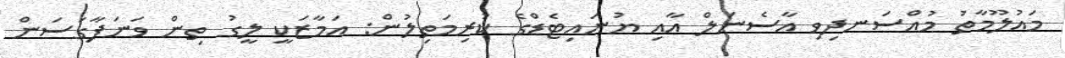
މައުލޫމާތު މުއްސަނދިވި އާސެނަލް އާއި ޔުނައިޓެޑްގެ ކުރިމަތިލުން: އަމާޒަކީ ލީގު ތިން ވަނަފާގަސަން